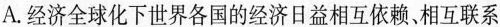
A.经济全球化下世界各国的经济日益相互依赖、相互联系